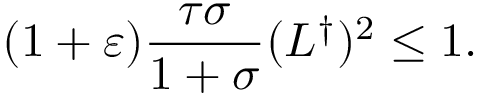
( 1 + \varepsilon ) \frac { \tau \sigma } { 1 + \sigma } ( L ^ { \dagger } ) ^ { 2 } \leq 1 .